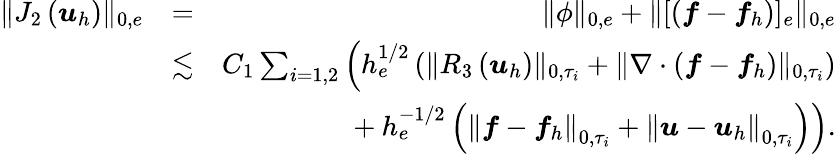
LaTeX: \begin{array}{rlr}{\| J_{2}\left(\boldsymbol{u}_{h}\right)\| _{0,e}}&{=}&{\| \phi\| _{0,e}+\| [\left(\boldsymbol{f}-\boldsymbol{f}_{h}\right)]_{e}\| _{0,e}}\\ &{\lesssim}&{C_{1}\sum_{i=1,2}\Big(h_{e}^{1/2}\left(\| R_{3}\left(\boldsymbol{u}_{h}\right)\| _{0,\tau_{i}}+\| \nabla\cdot\left(\boldsymbol{f}-\boldsymbol{f}_{h}\right)\| _{0,\tau_{i}}\right)\Big.}\\ &{}&{\Big.+h_{e}^{-1/2}\left(\left\| \boldsymbol{f}-\boldsymbol{f}_{h}\right\| _{0,\tau_{i}}+\left\| \boldsymbol{u}-\boldsymbol{u}_{h}\right\| _{0,\tau_{i}}\right)\Big).}\end{array}